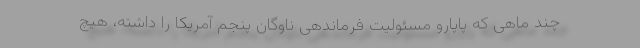
چند ماهی که پاپارو مسئولیت فرماندهی ناوگان پنجم آمریکا را داشته، هیچ